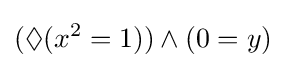
(\Diamond (x^{2}=1))\land (0=y)